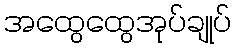
အထွေထွေအုပ်ချုပ်